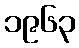
၁၉၆၃